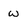
Character: w